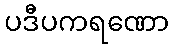
ပဒီပကရဏော